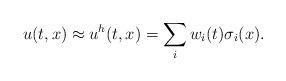
LaTeX: \begin{align*}u(t,x)\approx u^h(t,x)=\sum_i w_i(t)\sigma_i(x).\end{align*}